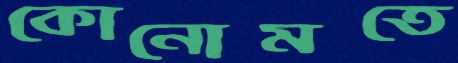
কোনোমতে